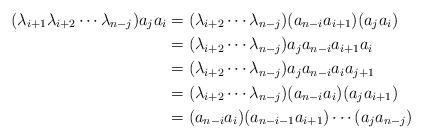
LaTeX: \begin{align*}(\lambda_{i+1}\lambda_{i+2}\dotsm\lambda_{n-j})a_ja_i& =(\lambda_{i+2}\dotsm\lambda_{n-j})(a_{n-i}a_{i+1})(a_ja_i)\\& =(\lambda_{i+2}\dotsm\lambda_{n-j})a_ja_{n-i}a_{i+1}a_i\\& =(\lambda_{i+2}\dotsm\lambda_{n-j})a_ja_{n-i}a_ia_{j+1}\\& =(\lambda_{i+2}\dotsm\lambda_{n-j})(a_{n-i}a_i)(a_ja_{i+1})\\& =(a_{n-i}a_i)(a_{n-i-1}a_{i+1})\dotsm(a_ja_{n-j})\end{align*}